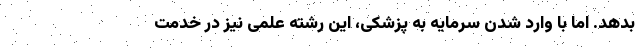
بدهد. اما با وارد شدن سرمایه به پزشکی، این رشته علمی نیز در خدمت